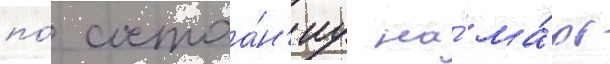
по́ состоа́н'иу на́ ма́рт